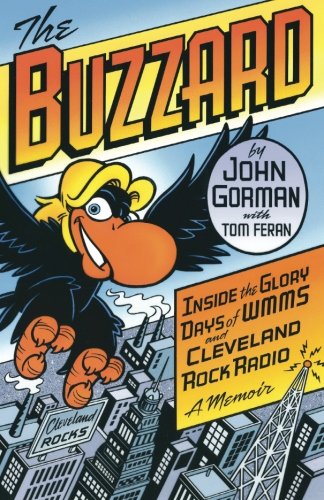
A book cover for The Buzzard: Inside the Glory Days of WMMS and Cleveland Rock Radio--A Memoir; John Gorman; Humor & Entertainment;